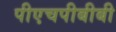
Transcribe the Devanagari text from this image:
पीएचपीबीबी